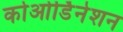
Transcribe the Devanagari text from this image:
कोओर्डिनेशन